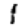
Digit: 1